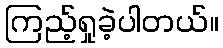
ကြည့်ရှုခဲ့ပါတယ်။